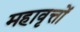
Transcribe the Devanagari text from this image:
महावृत्तों